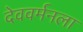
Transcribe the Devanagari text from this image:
देववर्मनला